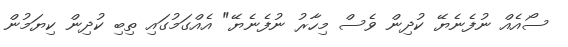
ސޯއެއް ނުފެނެޔޭ ކުދިން ވެސް މިހާރު ނުފެނެޔޭ" އެއްގަމުގައި ތިބި ކުދިން ކިޔަމުން